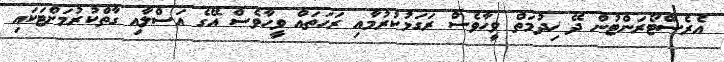
އެރެސްޓޯރަންޓުން ދޭ ޚިދުމަތް ވީހާވެސް ރަގަޅުކުރުމާއި ރަހަތައް ވީހާވެސް އޭގެ އަސްލާއި ގާތްކުރުމަށްޓަކައި